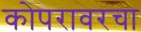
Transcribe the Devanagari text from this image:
कोपरावरचा